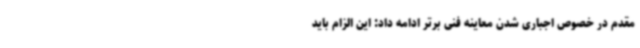
مقدم در خصوص اجباری شدن معاینه فنی برتر ادامه داد: این الزام باید